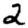
Digit: 2